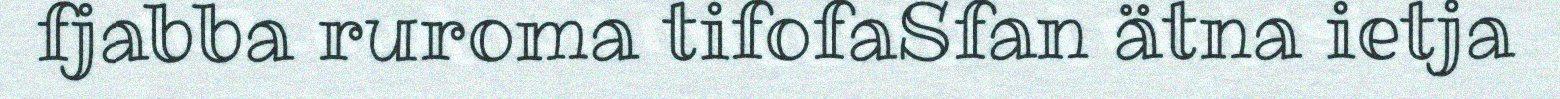
fjabba ruroma tifofaSfan ätna ietja